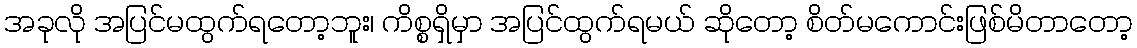
အခုလို အပြင်မထွက်ရတော့ဘူး၊ ကိစ္စရှိမှာ အပြင်ထွက်ရမယ် ဆိုတော့ စိတ်မကောင်းဖြစ်မိတာတော့